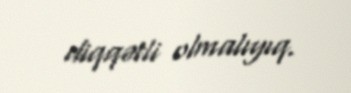
diqqətli olmalıyıq.